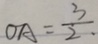
O A = \frac { 3 } { 2 }